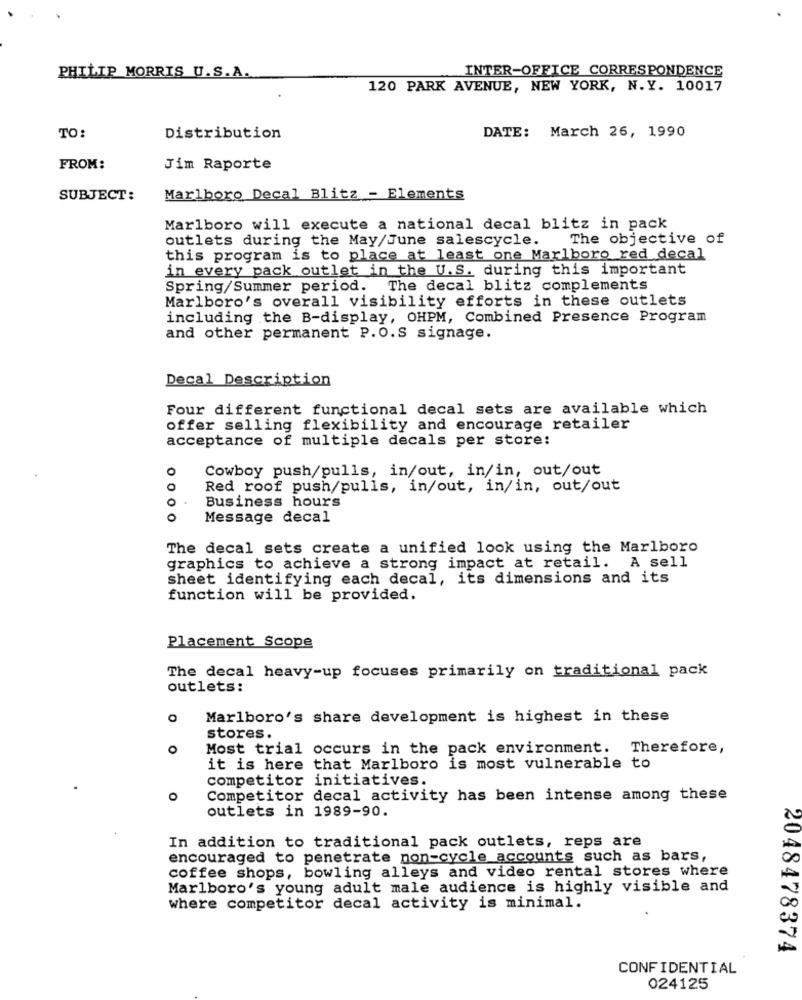
INTER-OFFICE CORRESPONDENCE
PHILIP MORRIS U.S.A.
120 PARK AVENUE, NEW YORK, N. Y. 10017
TO:
Distribution
DATE: March 26, 1990
FROM:
Jim Raporte
SUBJECT:
Marlboro Decal Blitz - Elements
Marlboro will execute a national decal blitz in pack
outlets during the May/June salescycle.
The objective of
this program is to place at least one Marlboro red decal
in every pack outlet in the U.S. during this important
Spring/Summer period. The decal blitz complements
Marlboro's overall visibility efforts in these outlets
including the B-display, OHPM, Combined Presence Program
and other permanent P.O.S signage.
Decal Description
Four different functional decal sets are available which
offer selling flexibility and encourage retailer
acceptance of multiple decals per store:
0
Cowboy push/pulls, in/out, in/in, out/out
0
Red roof push/pulls, in/out, in/in, out/out
0.
Business hours
o
Message decal
The decal sets create a unified look using the Marlboro
graphics to achieve a strong impact at retail. A sell
sheet identifying each decal, its dimensions and its
function will be provided.
Placement Scope
The decal heavy-up focuses primarily on traditional pack
outlets:
Marlboro's share development is highest in these
stores.
o
Most trial occurs in the pack environment. Therefore,
it is here that Marlboro is most vulnerable to
competitor initiatives.
O
Competitor decal activity has been intense among these
outlets in 1989-90.
In addition to traditional pack outlets, reps are
encouraged to penetrate non-cycle accounts such as bars,
coffee shops, bowling alleys and video rental stores where
Marlboro's young adult male audience is highly visible and
where competitor decal activity is minimal.
2048478374
CONFIDENTIAL
024125